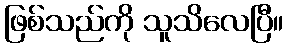
ဖြစ်သည်ကို သူသိလေပြီ။